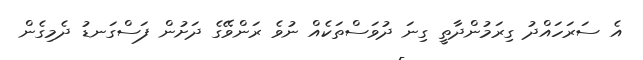
އެ ސަރަހައްދު ގިރަމުންދާތީ ގިނަ ދުވަސްތަކެއް ނުވެ ރަންވޭގެ ދަށުން ފަސްގަނޑު ދެމިގެން